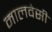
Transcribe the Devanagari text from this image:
मालवेसी